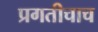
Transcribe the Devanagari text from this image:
प्रगतीचाच